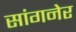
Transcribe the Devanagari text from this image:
सांगनेर